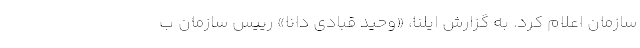
سازمان اعلام کرد. به گزارش ایلنا، «وحید قبادی دانا» رییس سازمان ب